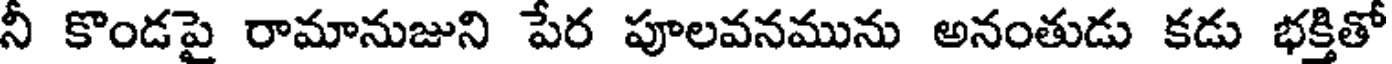
నీ కొండపై రామానుజుని పేర పూలవనమును అనంతుడు కడు భక్తితో